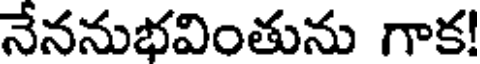
నేననుభవింతును గాక!